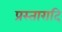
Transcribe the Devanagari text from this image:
प्रस्तारादि